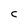
Character: C